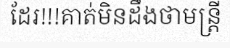
ដែរ!!!គាត់មិនដឹងថាមន្ត្រី